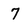
Character: 7